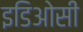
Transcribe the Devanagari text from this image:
इडिओसी